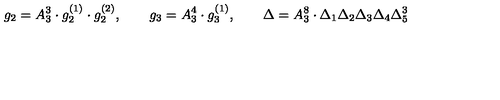
g _ { 2 } = A _ { 3 } ^ { 3 } \cdot g _ { 2 } ^ { ( 1 ) } \cdot g _ { 2 } ^ { ( 2 ) } , \qquad g _ { 3 } = A _ { 3 } ^ { 4 } \cdot g _ { 3 } ^ { ( 1 ) } , \qquad \Delta = A _ { 3 } ^ { 8 } \cdot \Delta _ { 1 } \Delta _ { 2 } \Delta _ { 3 } \Delta _ { 4 } \Delta _ { 5 } ^ { 3 }